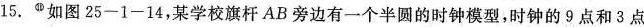
15.^{⑪}如图25-1-14，某学校旗杆AB旁边有一个半圆的时钟模型，时钟的9点和3点